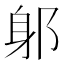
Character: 𨈕